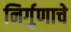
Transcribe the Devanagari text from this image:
निर्गुणाचे